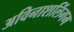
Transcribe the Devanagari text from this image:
अविनाशलिंगम